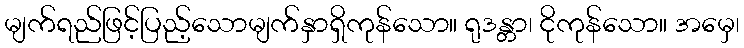
မျက်ရည်ဖြင့်ပြည့်သောမျက်နှာရှိကုန်သော။ ရုဒန္တာ၊ ငိုကုန်သော။ အမှေ၊